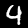
Digit: 9